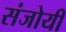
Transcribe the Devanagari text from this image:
संजोयी